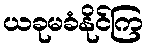
ယခုမခံနိုင်ကြ